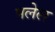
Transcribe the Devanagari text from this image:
पलेल